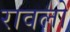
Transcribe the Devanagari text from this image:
रावलो